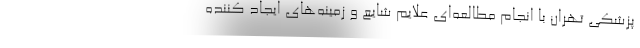
پزشکی تهران با انجام مطالعه‌ای علایم شایع و زمینه‌های ایجاد کننده